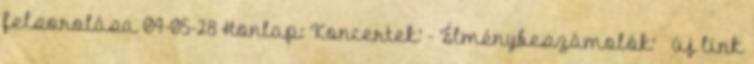
felsorolása 04-05-28 Honlap: 'Koncertek' - 'Élménybeszámolók' » új link